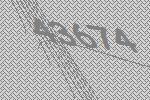
43674